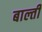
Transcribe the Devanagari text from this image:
बाल्ती